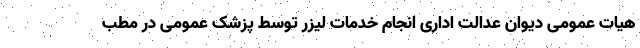
هیات عمومی دیوان عدالت اداری انجام خدمات لیزر توسط پزشک عمومی در مطب